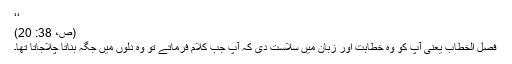
‘‘
(ص، 38: 20)
فصل الخطاب یعنی آپ کو وہ خطابت اور زبان میں سلاست دی کہ آپ جب کلام فرماتے تو وہ دلوں میں جگہ بناتا چلاجاتا تھا۔